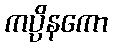
ကပ္ပိနကော